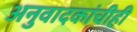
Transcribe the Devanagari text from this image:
अनुवादकांचीही